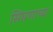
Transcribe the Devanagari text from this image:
सिंघणाच्या